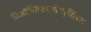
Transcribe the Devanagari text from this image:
डिऑक्सिरायबोन्युक्लिक